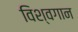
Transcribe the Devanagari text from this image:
विश्वगान